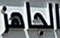
الجاهز